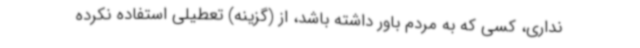
نداری، کسی که به مردم باور داشته باشد، از (گزینه) تعطیلی استفاده نکرده